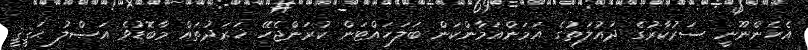
އެހެންނޫނީ ސަރުކާރުގެ ދައުލަތުގެ އަމަންއަމާންކަން ބަލަހައްޓަން ކުރަންޖެހޭ ޚަރަދުތައް މާބޮޑުވެ އަޞްލު ޙަޤީޤީ